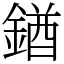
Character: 𨩊